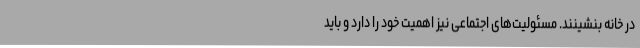
در خانه بنشینند. مسئولیت‌های اجتماعی نیز اهمیت خود را دارد و باید